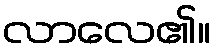
လာလေ၏။